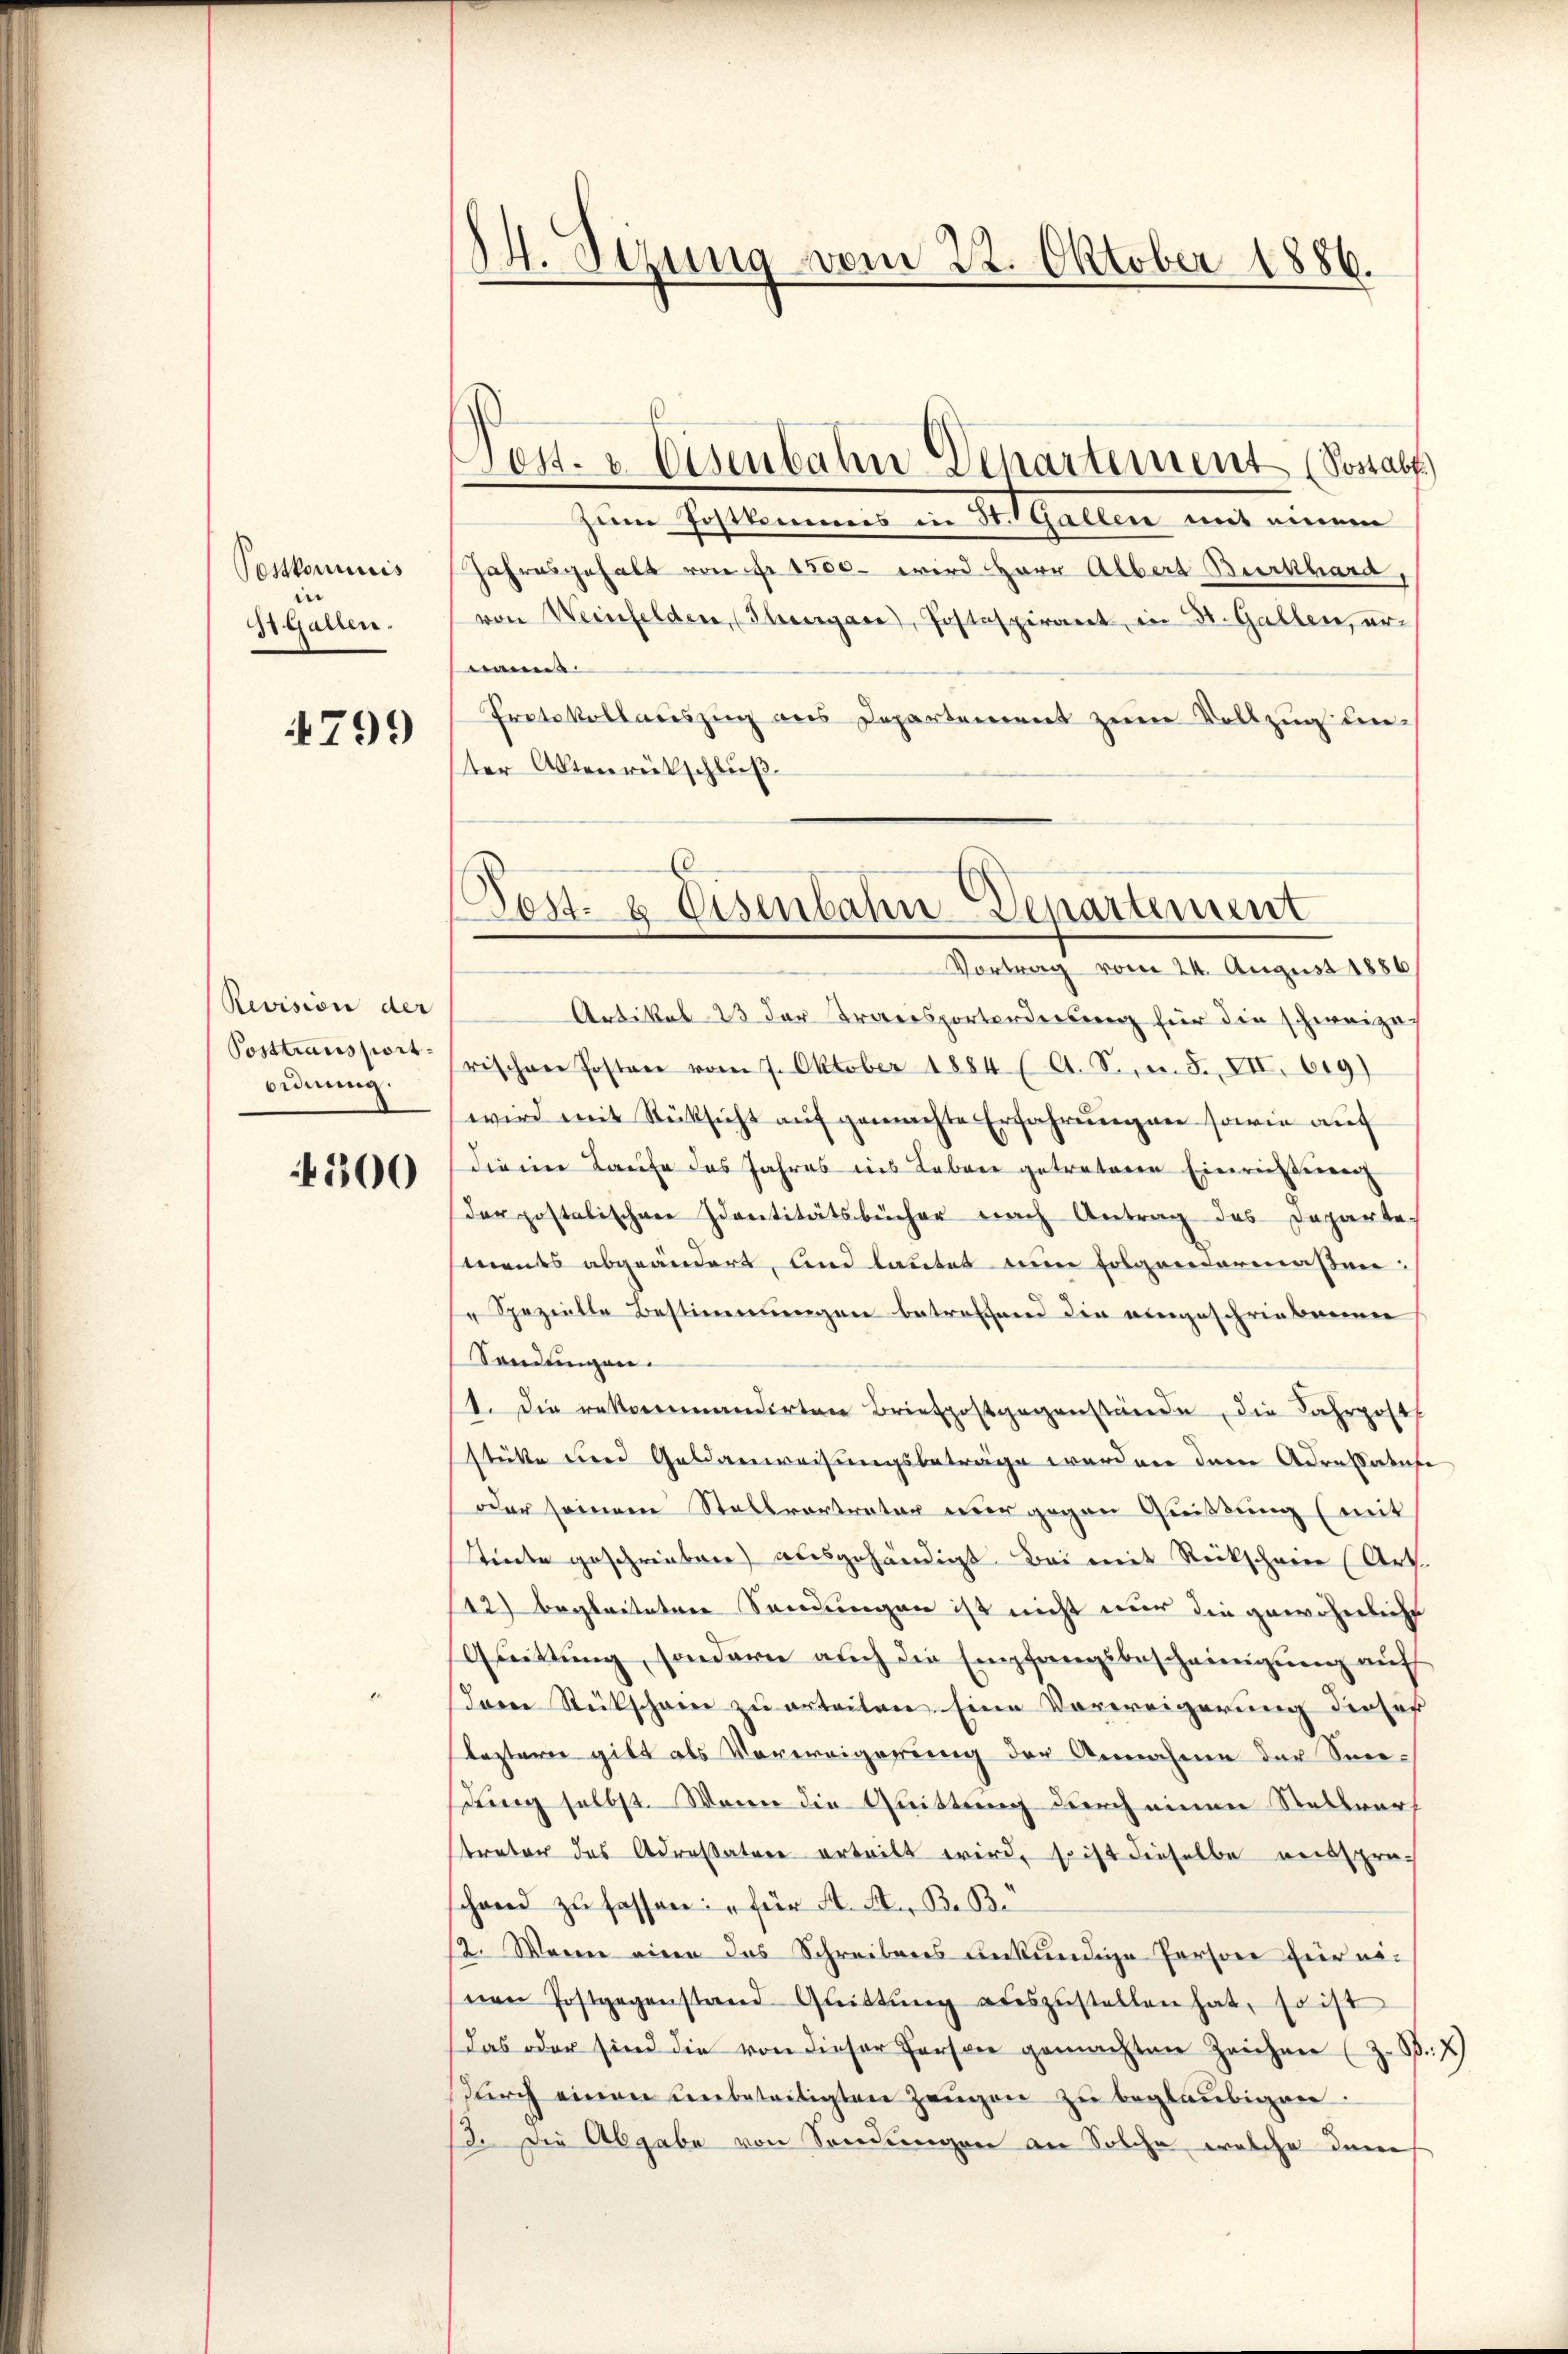
Postkommis
i
StGallen.

4799

Revision der
Posttransport
ordnung.

4300

14. Sizung vom 22. Oktober 1886.

Zum Gestamens in den Gallen mit einem
Jahresgehalt von Fr. 1500. wird Herr Albert Burkhard,
von Weinfelden, (Thiergane, Postaspirant in St. Gallen, ernannt.
Protokollauszug aus Departement zum Vollzug unter Aktenrückschluß

Jes. v. Eisenbahn Departement (Sostabe

Artikel 23 der Transportorderung für die schweize
rischen Posten vom 7. Oktober 1884 (A. S., n. F. VII. 619)
wird mit Rücksicht aŭf gemachte Erfahrŭngen sowie auf
dieen Laufe das Jahres ins Leben getretenen Einrichterenz
der postalischen Dantitätsbücher nach Antrag des Departements abgeändert, und lautet ein folgendermaßen:
" Spezielte Bestimmungen betroffend die eingeschriebenen
Sendungen.
1. Die rekommandirten Briefpostgegenstände, die Fahrpost
stütte und Geldanweisungsbeträge werden dem Adressatute
oder seinem Stellvertreter nur gegen Quittung (mit
tinte geschrieben) ausgehändigt. Bei mit Rückschauer (Art.
12) begleiteten Sendungen ist nicht nur die gewöhnliche
Quittung, sondern auch die Empfangsbescheinigung auf
dam Rückschein zu erteilen. Eine Vorweigerung dieser
leztern gilt als Verweigerung der Annahme der Sei-
dung selbst. Wenn die Quittung durch einen Stellverh
treter das Adressatore erteilt wird, so ist dieselbe reitsprac
chand zu fassen: „für A. A. B. Be
2. Warnen einen das Schreibens unkündige Persone für nönen Postgegenstand Quittŭng aŭszŭstellen hat, so ist
das oder sind die von dieser Person gemachten Zeichen (z. B. J.)
durch einen unbeseitigten Zeugen zu beglaubigen
. die Abgabe von Sendungen an Solche, welche dem

Post- & Eisenbahn-Denartement
Vortrag vom 24. August 1886